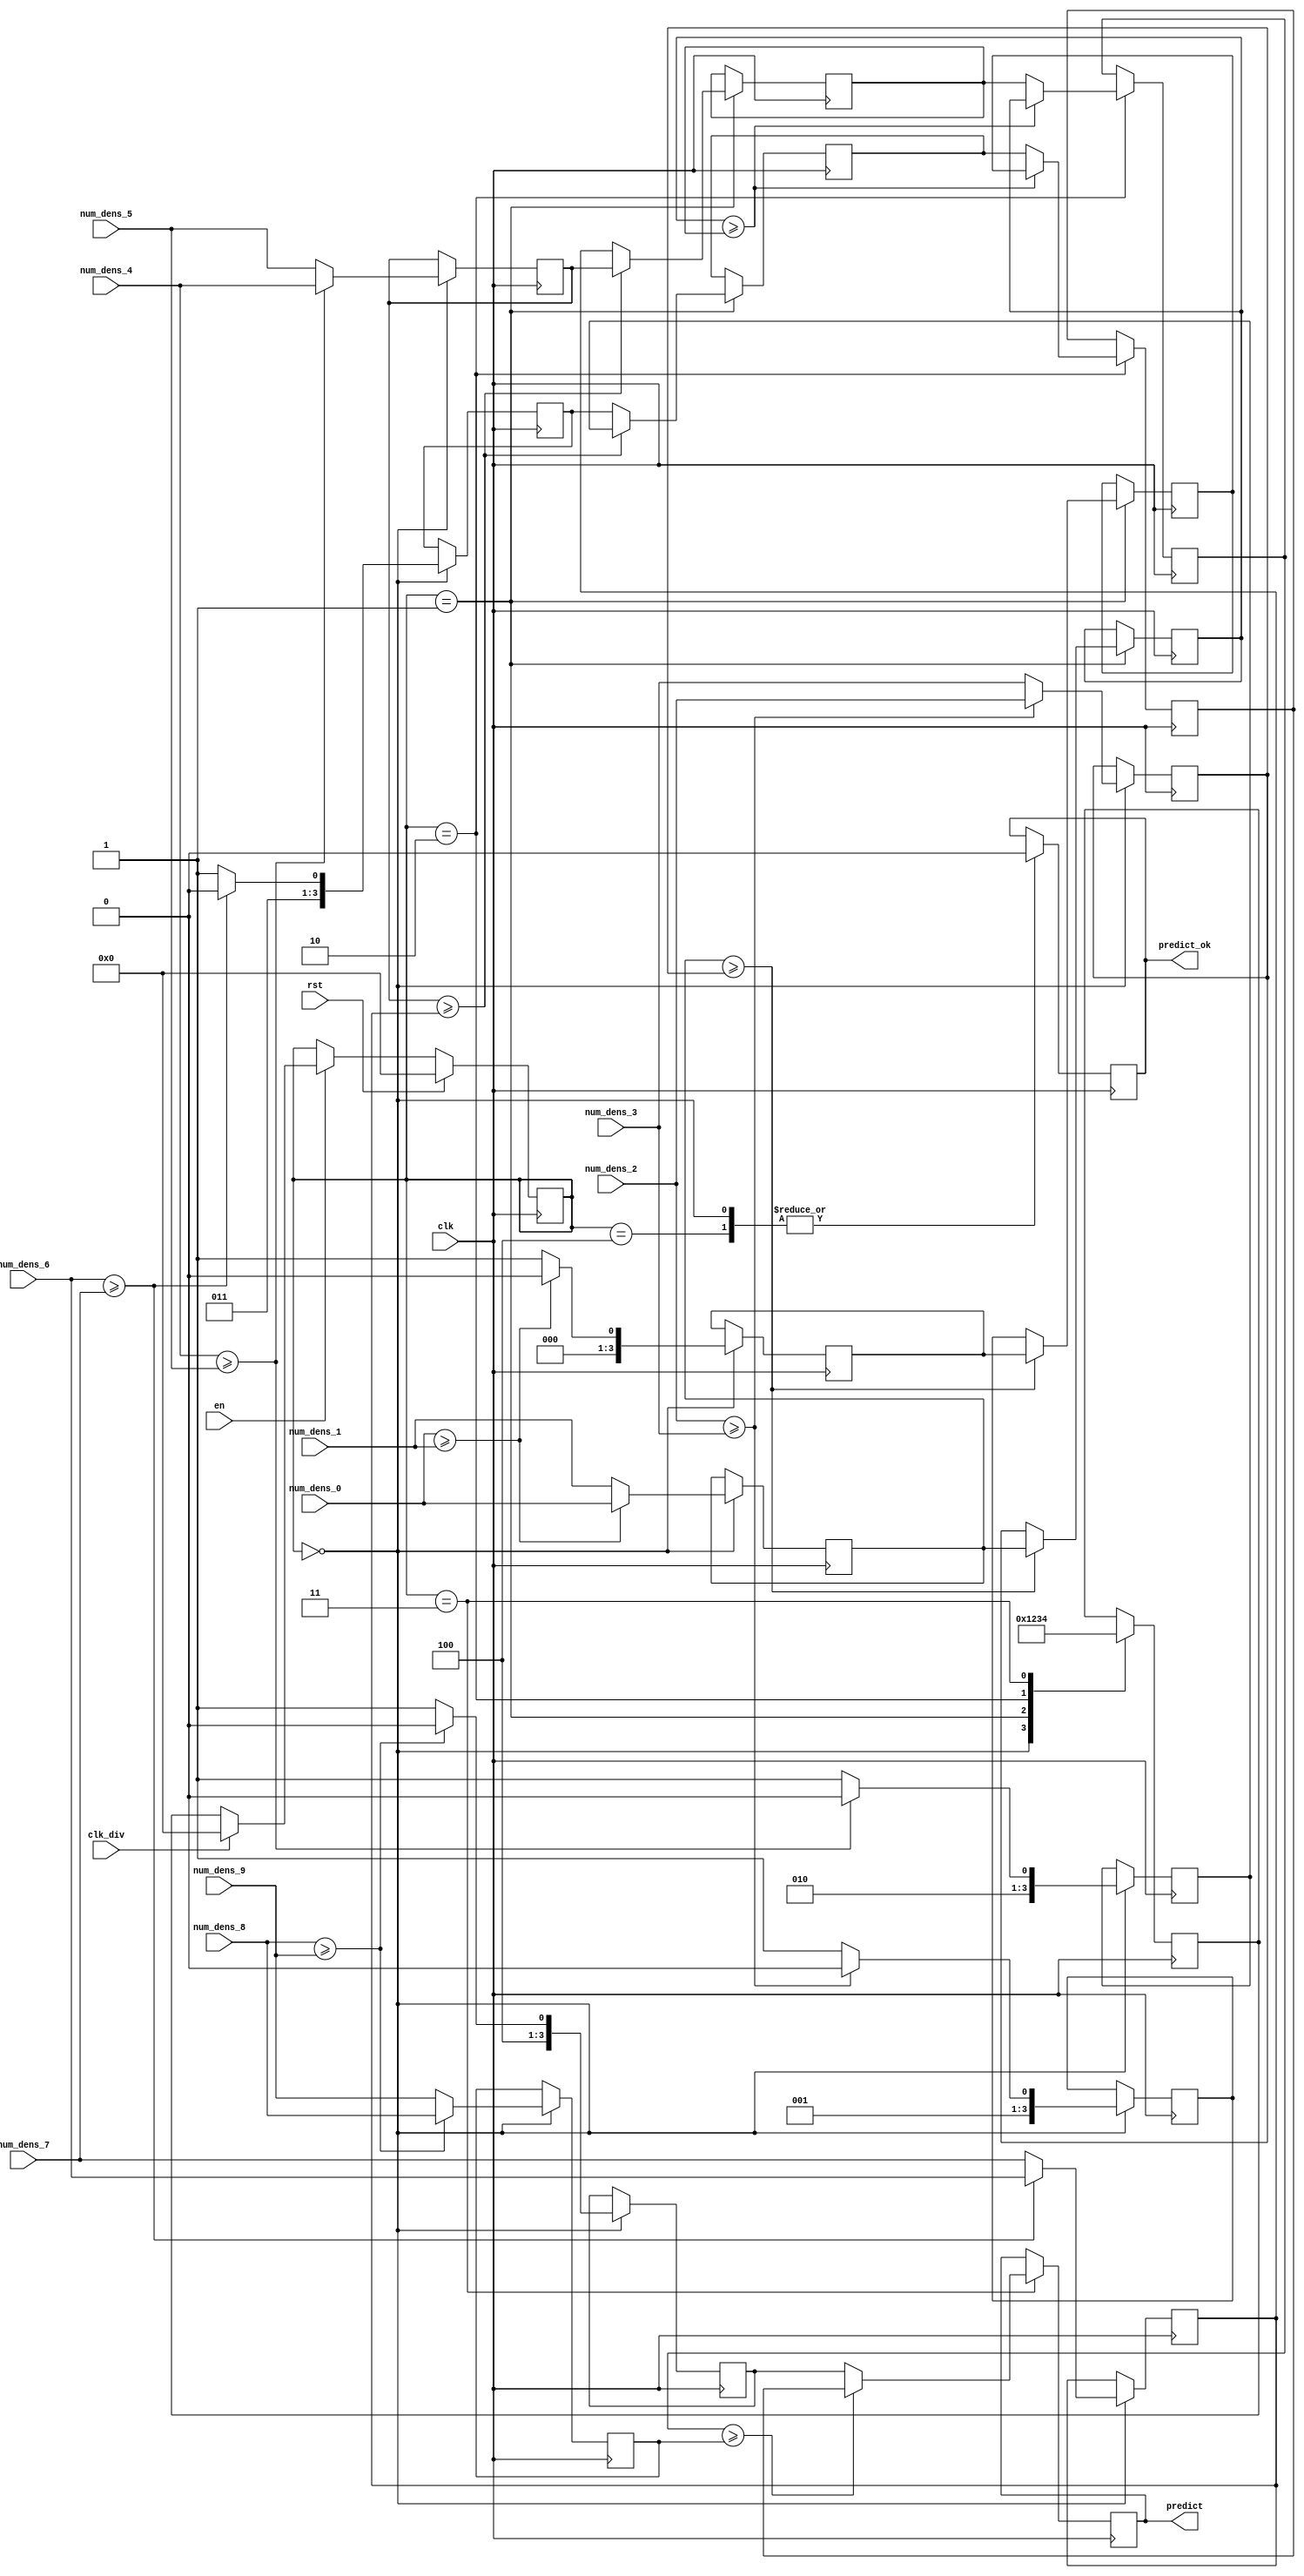
`timescale 1ns / 1ps
//////////////////////////////////////////////////////////////////////////////////
// Company: 
// Engineer: 
// 
// Design Name: 
// Module Name: predictMax
// Project Name: 
// Target Devices: 
// Tool Versions: 
// Description: 
// 
// Dependencies: 
// 
// Revision:
// Revision 0.01 - File Created
// Additional Comments:
// 
//////////////////////////////////////////////////////////////////////////////////


module predictMax
#(
    //MaxPooling
    parameter addressWidthConv=10, dataWidthMax=8, dataWidthBCD = 4,
    parameter s0 = 4'b0000, s1 = 4'b0001, s2 = 4'b0010, s3 = 4'b0011, s4 = 4'b0100,
    parameter s5 = 4'b0101, s6 = 4'b0110, s7 = 4'b0111, s8 = 4'b1000, s9 = 4'b1001,
    parameter s10 = 4'b1010, s11 = 4'b1011, s12 = 4'b1100, s13 = 4'b1101, s14 = 4'b1110
)
(
    input clk,
    input clk_div,
    input en,
    input rst,
    input [dataWidthMax-1:0] num_dens_0,
    input [dataWidthMax-1:0] num_dens_1,
    input [dataWidthMax-1:0] num_dens_2,
    input [dataWidthMax-1:0] num_dens_3,
    input [dataWidthMax-1:0] num_dens_4,
    input [dataWidthMax-1:0] num_dens_5,
    input [dataWidthMax-1:0] num_dens_6,
    input [dataWidthMax-1:0] num_dens_7,
    input [dataWidthMax-1:0] num_dens_8,
    input [dataWidthMax-1:0] num_dens_9,
    output signed [dataWidthBCD-1:0]predict,
    output reg predict_ok

);

    //FSM
    reg [3:0] present_state, next_state; //ok
    
    reg [dataWidthBCD-1:0] max1;
    reg [dataWidthBCD-1:0] max2;
    reg [dataWidthBCD-1:0] max3;
    reg [dataWidthBCD-1:0] max4;
    reg [dataWidthBCD-1:0] max5;
    reg [dataWidthMax-1:0] aux_max1;
    reg [dataWidthMax-1:0] aux_max2;
    reg [dataWidthMax-1:0] aux_max3;
    reg [dataWidthMax-1:0] aux_max4;
    reg [dataWidthMax-1:0] aux_max5;
    reg [dataWidthMax-1:0] aux_max6;
    reg [dataWidthMax-1:0] aux_max7;
    reg [dataWidthMax-1:0] aux_max8;    
    reg [dataWidthBCD-1:0] max6;
    reg [dataWidthBCD-1:0] max7;
    reg [dataWidthBCD-1:0] max8;
    reg [dataWidthBCD-1:0] max9;    

    initial
    begin
        predict_ok = 0;
                    max1 <= 0;
                    aux_max1 <= 0;        
                    max2 <= 0;
                    aux_max2 <= 0;
                    max3 <= 0;
                    aux_max3 <= 0;
                    max4 <= 0;
                    aux_max4 <= 0;
                    max5 <= 0;
                    aux_max5 <= 0; 
                    max6 <= 0;
                    aux_max6 <= 0; 
                    max7 <= 0;
                    aux_max7 <= 0; 
                    max8 <= 0;
                    aux_max8 <= 0; 
                    max9 <= 10;
    end
    
    always @(posedge clk) //Present estate 
    begin
        if(rst)
        begin
            present_state = 0; 
        end
        else if(en)
        begin
            if(clk_div == 1)
            begin
                present_state <= s0;
                
            end
            else
            begin
                present_state <= next_state;
            end     
        end     
    end    

    always @(negedge clk)
    begin
        case(present_state)
            s0:
                next_state <= s1;                
            s1:
                next_state <= s2;
            s2:
                next_state <= s3;
            s3:
                next_state <= s4;                                                                                           
        endcase                
    end

    always @ (negedge clk) begin
      case (present_state)
        s0: begin
                if($signed(num_dens_0) >= $signed(num_dens_1))
                begin
                    max1 <= $signed(4'd0);
                    aux_max1 <= $signed(num_dens_0);
                    max2 <= 0;
                    aux_max2 <= 0;
                    max3 <= 0;
                    aux_max3 <= 0;
                    max4 <= 0;
                    aux_max4 <= 0;
                    max5 <= 0;
                    aux_max5 <= 0; 
                                                                                                                                                              
                end
                else
                begin
                    max1 <= $signed(4'd1);
                    aux_max1 <= $signed(num_dens_1);
                end
                if($signed(num_dens_2) >= $signed(num_dens_3))
                begin
                    max2 <= $signed(4'd2);
                    aux_max2 <= $signed(num_dens_2);
                end
                else
                begin
                    max2 <= $signed(4'd3);
                    aux_max2 <= $signed(num_dens_3);
                end
                if($signed(num_dens_4) >= $signed(num_dens_5))
                begin
                    max3 <= $signed(4'd4);
                    aux_max3 <= $signed(num_dens_4);
                end
                else
                begin
                    max3 <= $signed(4'd5);
                    aux_max3 <= $signed(num_dens_5);
                end
                if($signed(num_dens_6) >= $signed(num_dens_7))
                begin
                    max4 <= $signed(4'd6);
                    aux_max4 <= $signed(num_dens_6);
                end
                else
                begin
                    max4 <= $signed(4'd7);
                    aux_max4 <= $signed(num_dens_7);
                end
                if($signed(num_dens_8) >= $signed(num_dens_9))
                begin
                    max5 <= $signed(4'd8);
                    aux_max5 <= $signed(num_dens_8);
                end
                else
                begin
                    max5 <= $signed(4'd9);
                    aux_max5 <= $signed(num_dens_9);
                end                                                                  
                predict_ok <= 0;
            end          
        s1: begin
                if($signed(aux_max1) >= $signed(aux_max2))
                begin
                    max6 <= $signed(max1);
                    aux_max6 <= $signed(aux_max1);
                end
                else
                begin
                    max6 <= $signed(max2);
                    aux_max6 <= $signed(aux_max2);
                end
                if($signed(aux_max3) >= $signed(aux_max4))
                begin
                    max7 <= $signed(max3);
                    aux_max7 <= $signed(aux_max3);
                end
                else
                begin
                    max7 <= $signed(max4);
                    aux_max7 <= $signed(aux_max4);
                end                
            end
        s2: begin
                if($signed(aux_max6) >= $signed(aux_max7))
                begin
                    max8 <= $signed(max6);
                    aux_max8 <= $signed(aux_max6);
                end
                else
                begin
                    max8 <= $signed(max7);
                    aux_max8 <= $signed(aux_max7);
                end  
            end  
        s3: begin
                if($signed(aux_max8) >= $signed(aux_max5))
                begin
                    max9 <= $signed(max8);
                end
                else
                begin
                    max9 <= $signed(max5);
                end 
            end    
        s4: begin
                predict_ok <= 0;
            end 
      endcase 
    end 

    assign predict = $signed(max9);



endmodule